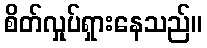
စိတ်လှုပ်ရှားနေသည်။